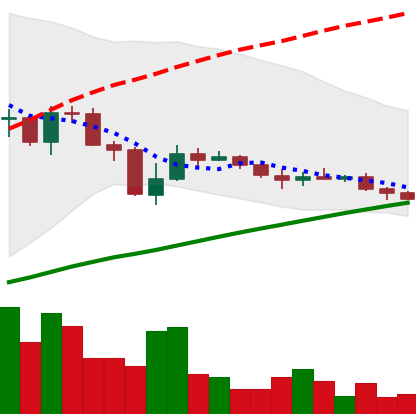
Ticker: LINK-USD
Chart end date: 2019-07-29
Forward return: 13.324%
Label: up_7plus